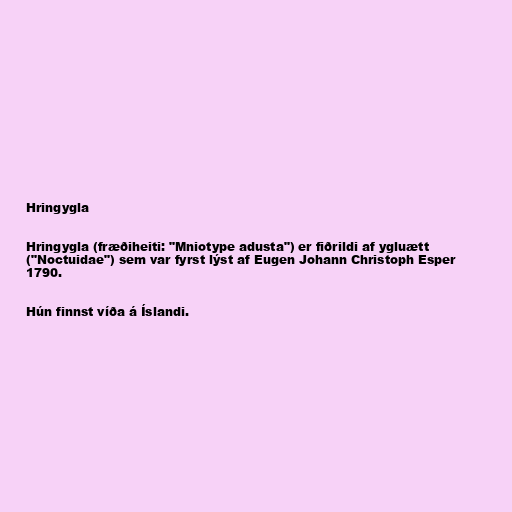
Hringygla

Hringygla (fræðiheiti: "Mniotype adusta") er fiðrildi af ygluætt
("Noctuidae") sem var fyrst lýst af Eugen Johann Christoph Esper
1790.

Hún finnst víða á Íslandi.